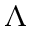
\Lambda